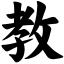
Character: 教